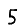
Digit: 5